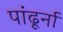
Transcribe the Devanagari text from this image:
पांढूर्ना